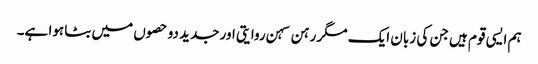
ہم ایسی قوم ہیں جن کی زبان ایک مگر رہن سہن روایتی اور جدید دو حصوں میں بٹا ہوا ہے۔